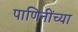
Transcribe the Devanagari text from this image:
पाणिनींच्या